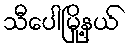
သီပေါမြို့နယ်